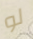
لو